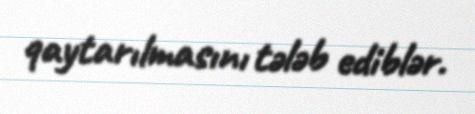
qaytarılmasını tələb ediblər.